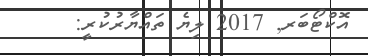
އޮކްޓޯބަރ